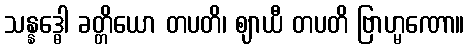
သန္နဒ္ဓေါ ခတ္တိယော တပတိ၊ ဈာယီ တပတိ ဗြာဟ္မဏော။